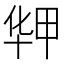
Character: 𰅻